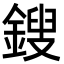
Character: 鎪